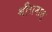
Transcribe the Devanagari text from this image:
श्रीरामालू